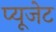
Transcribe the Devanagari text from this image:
प्यूजेट